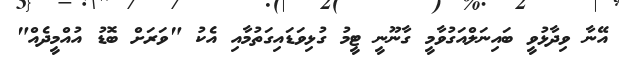
އޭނާ ވިދާޅުވީ ބައިނަލްއަގުވާމީ ގާނޫނީ ޓީމު ގުޅިވަޑައިގަތުމާއި އެކު "ވަރަށް ބޮޑު އުއްމީދެއް"